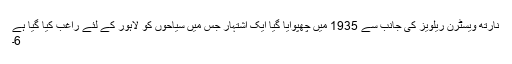
نارتھ ویسٹرن ریلویز کی جانب سے 1935 میں چھپوایا گیا ایک اشتہار جس میں سیاحوں کو لاہور کے لئے راغب کیا گیا ہے
6۔